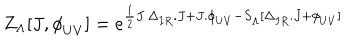
LaTeX: Z _ { \Lambda } [ J , \phi _ { U V } ^ { \phantom { a } } ] = e ^ { \frac { 1 } { 2 } J . \Delta _ { I R } ^ { \phantom { a } } . J + J . \phi _ { U V } ^ { \phantom { a } } - S _ { \Lambda } ^ { \phantom { 1 } } [ \Delta _ { I R } ^ { \phantom { a } } . J + \phi _ { U V } ^ { \phantom { a } } ] }